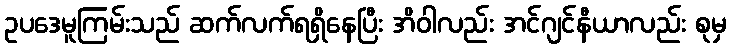
ဥပဒေမူကြမ်းသည် ဆက်လက်ရရှိနေပြီး အိဝါလည်း အင်ဂျင်နီယာလည်း စုမှ